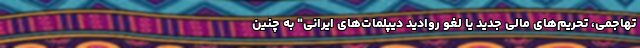
تهاجمی، تحریم‌های مالی جدید یا لغو روادید دیپلمات‌های ایرانی" به چنین